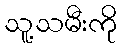
သူ့သမီးကို